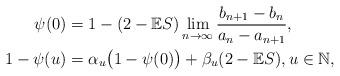
LaTeX: \begin{align*}\psi(0)&=1-(2-\mathbb{E}S)\lim\limits_{n\rightarrow\infty}\frac{b_{n+1}-b_n}{a_n-a_{n+1}},\\1-\psi(u)&= \alpha_u\bigl(1-\psi(0)\bigr)+\beta_u(2-\mathbb{E}S), u\in\mathbb{N},\end{align*}